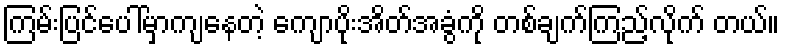
ကြမ်းပြင်ပေါ်မှာကျနေတဲ့ ကျောပိုးအိတ်အခွံကို တစ်ချက်ကြည့်လိုက် တယ်။